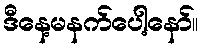
ဒီနေ့မနက်ပေါ့နော်။